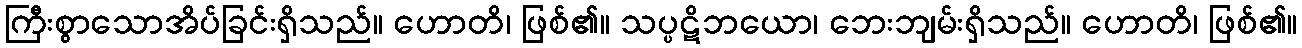
ကြီးစွာသောအိပ်ခြင်းရှိသည်။ ဟောတိ၊ ဖြစ်၏။ သပ္ပဋိဘယော၊ ဘေးဘျမ်းရှိသည်။ ဟောတိ၊ ဖြစ်၏။